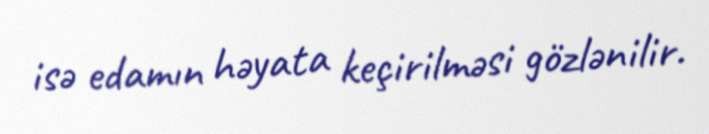
isə edamın həyata keçirilməsi gözlənilir.